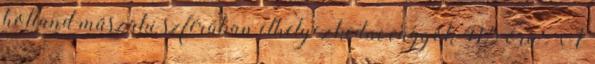
holland műszaki szférában elhelyezkedni vágyók 41,5 óra . A